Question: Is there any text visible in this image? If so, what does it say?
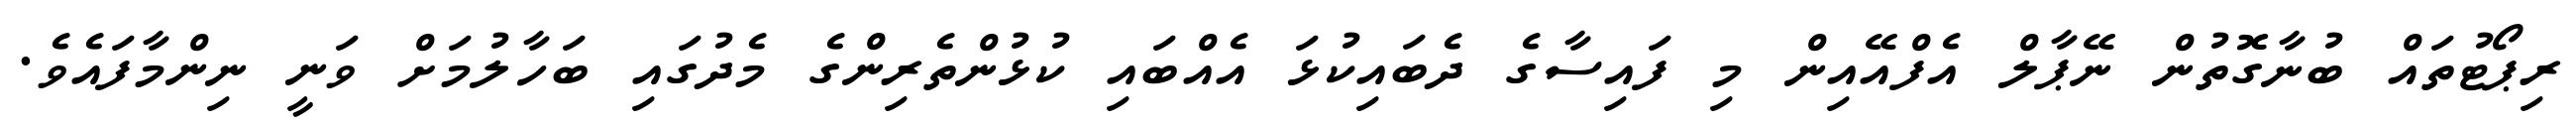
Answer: ރިޕޯޓުތައް ބުނާގޮތުން ނޭޕާލް އެފްއޭއިން މި ފައިސާގެ ދެބައިކުޅަ އެއްބައި ކުޅުންތެރިންގެ މެދުގައި ބަހާލުމަށް ވަނީ ނިންމާފައެވެ.